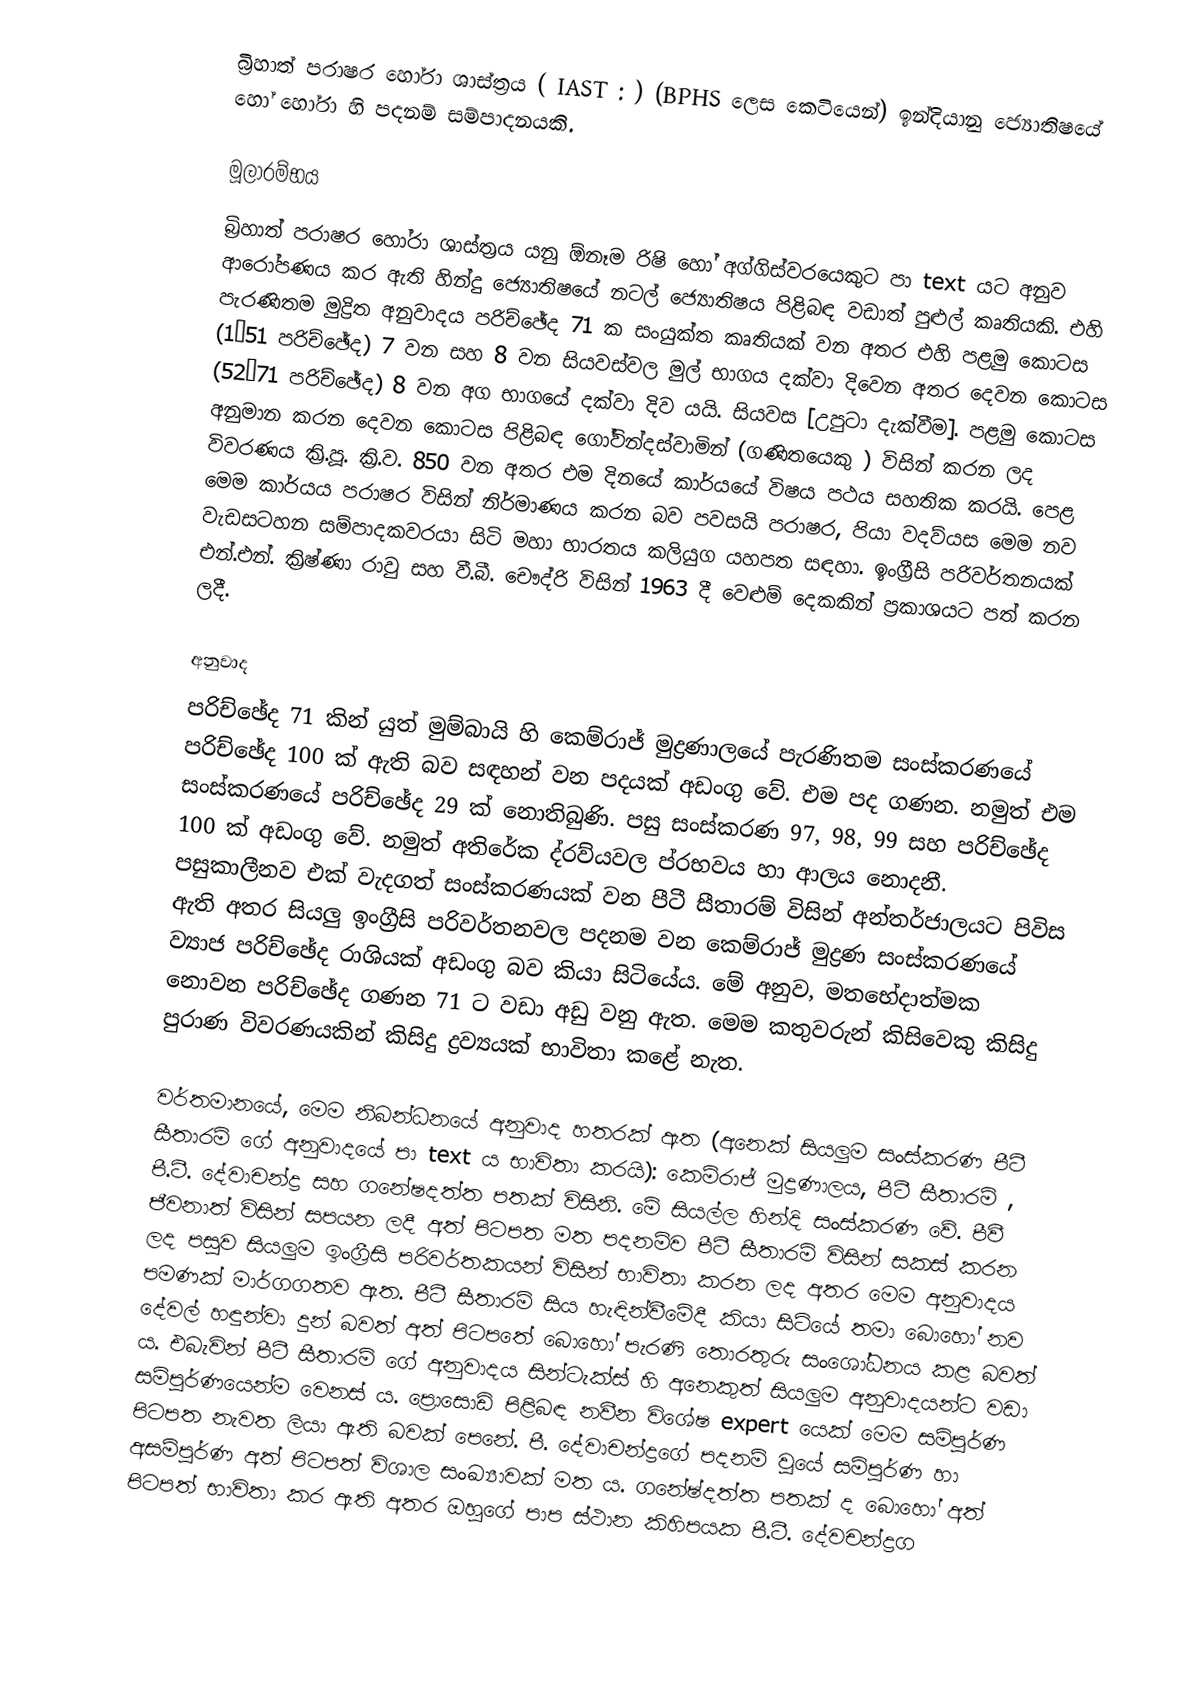
බ්‍රිහාත් පරාෂර හෝරා ශාස්ත්‍රය ( IAST :  ) (BPHS ලෙස කෙටියෙන්) ඉන්දියානු ජ්‍යොතිෂයේ හෝ හෝරා හි පදනම් සම්පාදනයකි.

මූලාරම්භය
බ්‍රිහාත් පරාෂර හෝරා ශාස්ත්‍රය යනු ඕනෑම රිෂි හෝ අග්ගිස්වරයෙකුට පා text යට අනුව ආරෝපණය කර ඇති හින්දු ජ්‍යොතිෂයේ නටල් ජ්‍යොතිෂය පිළිබඳ වඩාත් පුළුල් කෘතියකි. එහි පැරණිතම මුද්‍රිත අනුවාදය පරිච්ඡේද 71 ක සංයුක්ත කෘතියක් වන අතර එහි පළමු කොටස (1–51 පරිච්ඡේද) 7 වන සහ 8 වන සියවස්වල මුල් භාගය දක්වා දිවෙන අතර දෙවන කොටස (52–71 පරිච්ඡේද) 8 වන අග භාගයේ දක්වා දිව යයි. සියවස [උපුටා දැක්වීම]. පළමු කොටස අනුමාන කරන දෙවන කොටස පිළිබඳ ගෝවින්දස්වාමින් (ගණිතයෙකු ) විසින් කරන ලද විවරණය ක්‍රි.පූ. ක්‍රි.ව. 850 වන අතර එම දිනයේ කාර්යයේ විෂය පථය සහතික කරයි. පෙළ මෙම කාර්යය පරාෂර විසින් නිර්මාණය කරන බව පවසයි පරාෂර, පියා වදව්යස මෙම නව වැඩසටහන සම්පාදකවරයා සිටි මහා භාරතය කලියුග යහපත සඳහා. ඉංග්‍රීසි පරිවර්තනයක් එන්.එන්. ක්‍රිෂ්ණා රාවු සහ වී.බී. චෞද්රි විසින් 1963 දී වෙළුම් දෙකකින් ප්‍රකාශයට පත් කරන ලදී.

අනුවාද
පරිච්ඡේද 71 කින් යුත් මුම්බායි හි කෙම්රාජ් මුද්‍රණාලයේ පැරණිතම සංස්කරණයේ පරිච්ඡේද 100 ක් ඇති බව සඳහන් වන පදයක් අඩංගු වේ. එම පද ගණන. නමුත් එම සංස්කරණයේ පරිච්ඡේද 29 ක් නොතිබුණි. පසු සංස්කරණ 97, 98, 99 සහ පරිච්ඡේද 100 ක් අඩංගු වේ. නමුත් අතිරේක ද්රව්යවල ප්රභවය හා ආලය නොදනී. පසුකාලීනව එක් වැදගත් සංස්කරණයක් වන පීටී සීතාරම් විසින් අන්තර්ජාලයට පිවිස ඇති අතර සියලු ඉංග්‍රීසි පරිවර්තනවල පදනම වන කෙම්රාජ් මුද්‍රණ සංස්කරණයේ ව්‍යාජ පරිච්ඡේද රාශියක් අඩංගු බව කියා සිටියේය. මේ අනුව, මතභේදාත්මක නොවන පරිච්ඡේද ගණන 71 ට වඩා අඩු වනු ඇත. මෙම කතුවරුන් කිසිවෙකු කිසිදු පුරාණ විවරණයකින් කිසිදු ද්‍රව්‍යයක් භාවිතා කළේ නැත.

වර්තමානයේ, මෙම නිබන්ධනයේ අනුවාද හතරක් ඇත (අනෙක් සියලුම සංස්කරණ පීටී සීතාරම් ගේ අනුවාදයේ පා text ය භාවිතා කරයි): කෙම්රාජ් මුද්‍රණාලය, පීටී සීතාරම් , පී.ටී. දේවාචන්ද්‍ර  සහ ගනේෂදත්ත පතක් විසිනි. මේ සියල්ල හින්දි සංස්කරණ වේ. පීවී ජීවනාත්  විසින් සපයන ලදී අත් පිටපත මත පදනම්ව පීටී සීතාරම්  විසින් සකස් කරන ලද පසුව සියලුම ඉංග්‍රීසි පරිවර්තකයන් විසින් භාවිතා කරන ලද අතර මෙම අනුවාදය පමණක් මාර්ගගතව ඇත. පීටී සීතාරම් සිය හැඳින්වීමේදී කියා සිටියේ තමා බොහෝ නව දේවල් හඳුන්වා දුන් බවත් අත් පිටපතේ බොහෝ පැරණි තොරතුරු සංශෝධනය කළ බවත් ය. එබැවින් පීටී සීතාරම් ගේ අනුවාදය සින්ටැක්ස් හි අනෙකුත් සියලුම අනුවාදයන්ට වඩා සම්පූර්ණයෙන්ම වෙනස් ය. ප්‍රොසොඩි පිළිබඳ නවීන විශේෂ expert යෙක් මෙම සම්පූර්ණ පිටපත නැවත ලියා ඇති බවක් පෙනේ. පී. දේවාචන්ද්‍රගේ  පදනම් වූයේ සම්පූර්ණ හා අසම්පූර්ණ අත් පිටපත් විශාල සංඛ්‍යාවක් මත ය. ගනේෂ්දත්ත පතක් ද බොහෝ අත් පිටපත් භාවිතා කර ඇති අතර ඔහුගේ පාප  ස්ථාන කිහිපයක පී.ටී. දේවචන්ද්‍රග